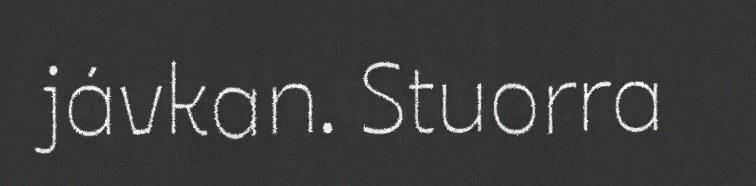
jávkan. Stuorra